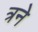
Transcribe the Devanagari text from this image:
त्रने